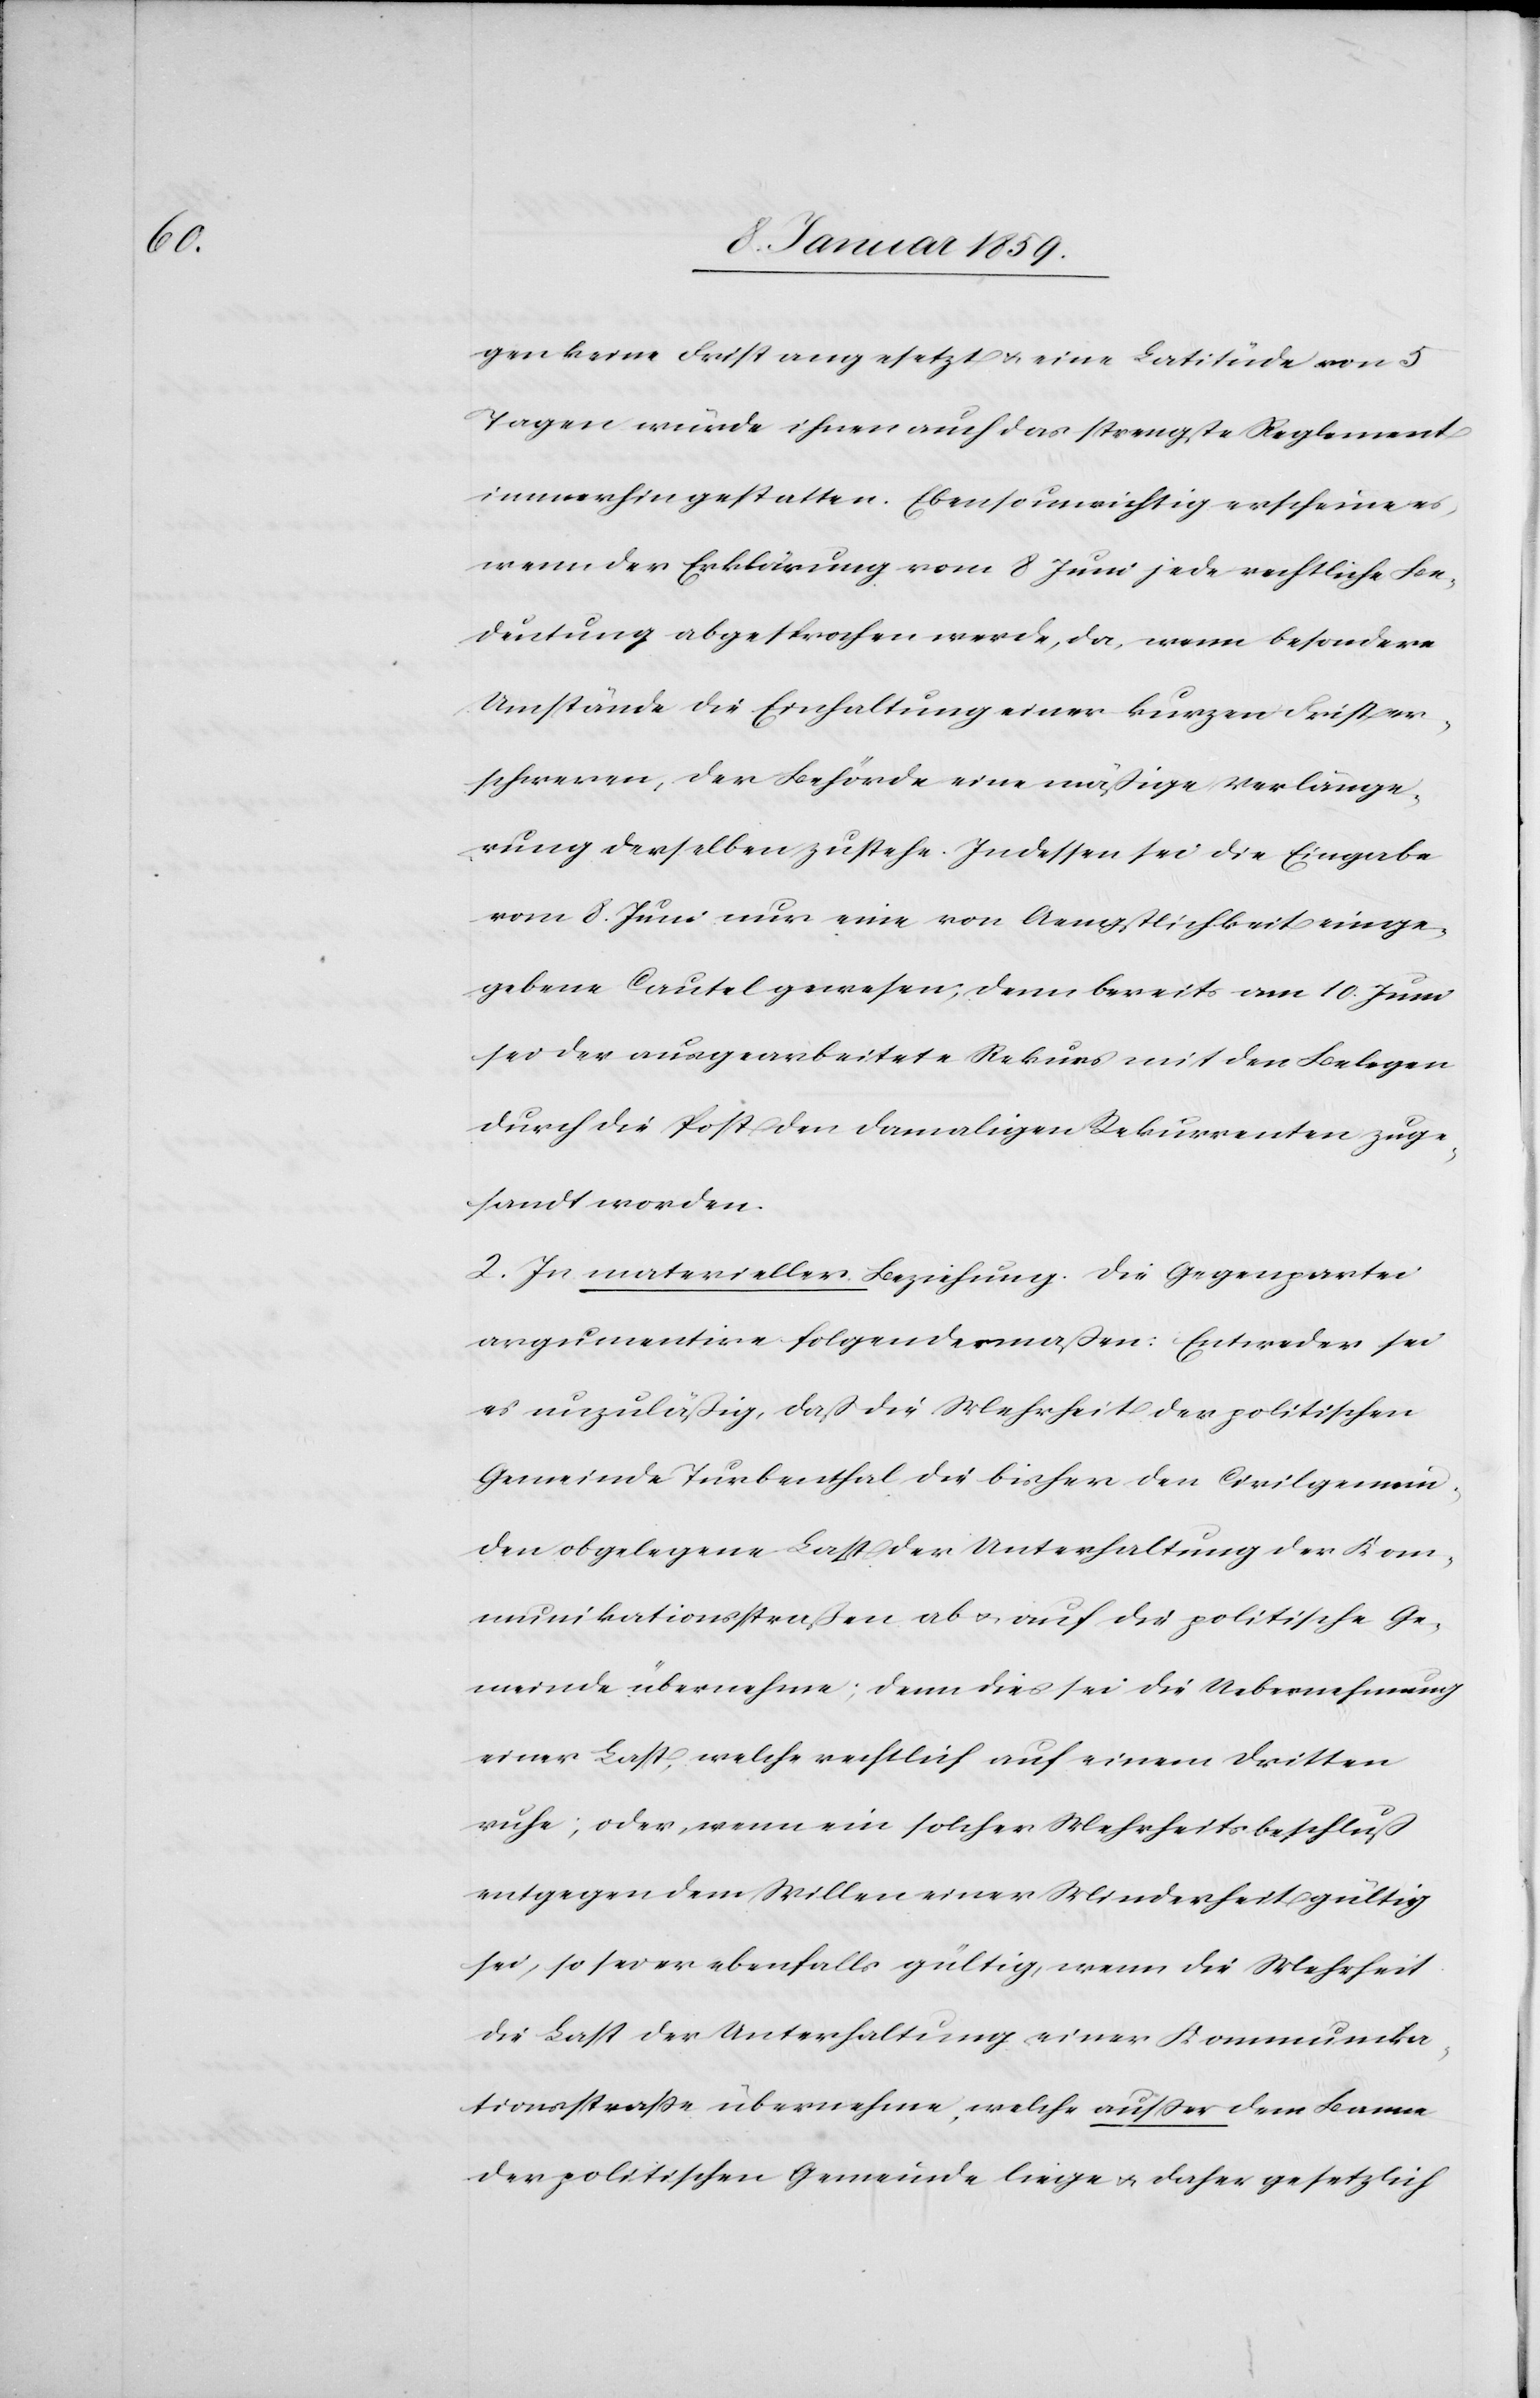
gen keine Frist angesetzt u. eine Latitüde von 5
Tagen würde ihnen auch das strengste Reglement
immerhin gestatten. Ebenso unrichtig erscheine es,
wenn der Erklärung vom 8 Juni jede rechtliche Be¬
deutung abgesprochen werde, da, wenn besondere
Umstände die Einhaltung einer kurzen Frist er¬
schweren, der Behörde eine mäßige Verlänge¬
rung derselben zustehe. Indessen sei die Eingabe
vom 8. Juni nun eine von Aengstlichkeit einge¬
gebene Causel gewesen, denn bereits am 10. Juni
sei der ausgearbeitete Rekurs mit den Belegen
durch die Post den damaligen Rekurrenten zuge¬
sandt worden.
2. In materieller Beziehung: die Gegenpartei
argumentire folgendermaßen: Entweder sei
es unzuläßig, daß die Mehrheit der politischen
Gemeinde Turbenthal die bisher den Civilgemein¬
den obgelegene Last der Unterhaltung der Kom¬
munikationsstraßen ab u. auf die politische Ge¬
meinde übernehme; denn dies sei die Uebernehmung
einer Last, welche rechtlich auf einem dritten
ruhe; oder wenn ein solcher Mehrheitsbeschluß
entgegen dem Willen einer Minderheit gültig
sei, so sei er ebenfalls gültig, wenn die Mehrheit
die Last der Unterhaltung einer Kommunika¬
tionsstraße übernehme, welche außer dem Banne
der politischen Gemeinde liege u. daher gesetzlich